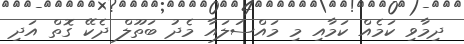
ދިމާވި ކަމެއް ކަމާއި މި މައްސަލައާ މެދު ބަތޫލް ދެކޭ ގޮތް އަދި